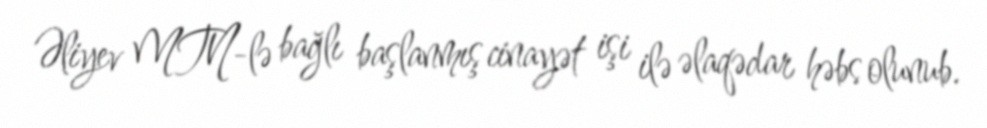
Əliyev MTN-lə bağlı başlanmış cinayət işi ilə əlaqədar həbs olunub.